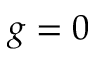
g = 0